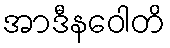
အာဒီနဝေါတိ